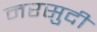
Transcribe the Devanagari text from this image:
मरसुदी